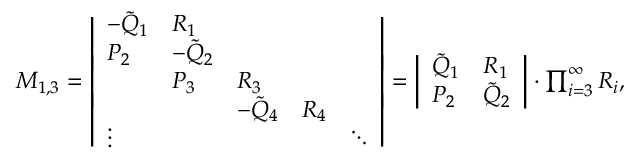
\begin{array} { r } { M _ { 1 , 3 } = \left| \begin{array} { l l l l l } { - \Tilde { Q } _ { 1 } } & { R _ { 1 } } & & & \\ { P _ { 2 } } & { - \Tilde { Q } _ { 2 } } & & \\ & { P _ { 3 } } & { R _ { 3 } } & & \\ & & { - \Tilde { Q } _ { 4 } } & { R _ { 4 } } & \\ { \vdots } & & & & { \ddots } \end{array} \right| = \left| \begin{array} { l l } { \Tilde { Q } _ { 1 } } & { R _ { 1 } } \\ { P _ { 2 } } & { \Tilde { Q } _ { 2 } } \end{array} \right| \cdot \prod _ { i = 3 } ^ { \infty } R _ { i } , } \end{array}